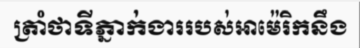
ត្រាំថាទីភ្នាក់ងាររបស់អាម៉េរិកនឹង